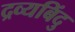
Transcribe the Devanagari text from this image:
द्रव्यबिंदु